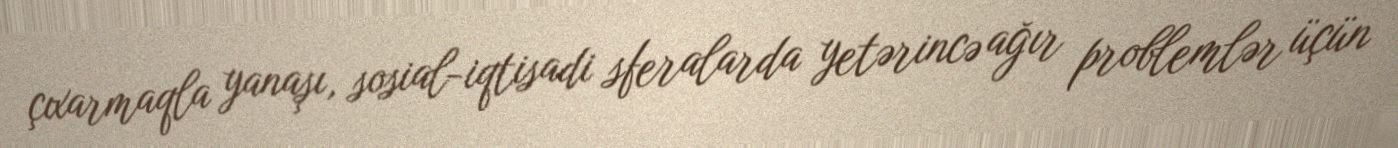
çıxarmaqla yanaşı, sosial-iqtisadi sferalarda yetərincə ağır problemlər üçün